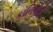
કાળિગીરી